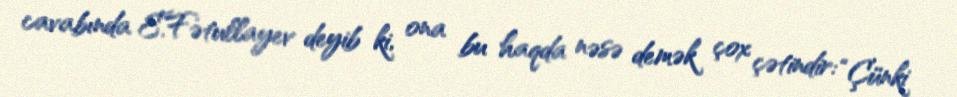
cavabında E.Fətullayev deyib ki, ona bu haqda nəsə demək çox çətindir: “Çünki